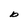
Character: b